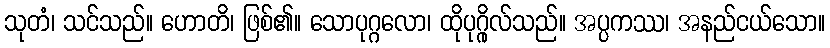
သုတံ၊ သင်သည်။ ဟောတိ၊ ဖြစ်၏။ သောပုဂ္ဂလော၊ ထိုပုဂ္ဂိုလ်သည်။ အပ္ပကဿ၊ အနည်ငယ်သော။